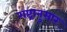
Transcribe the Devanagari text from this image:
राष्ट्रानुसार